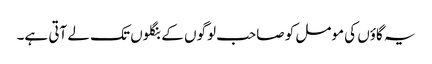
یہ گاؤں کی مومل کو صاحب لوگوں کے بنگلوں تک لے آتی ہے۔